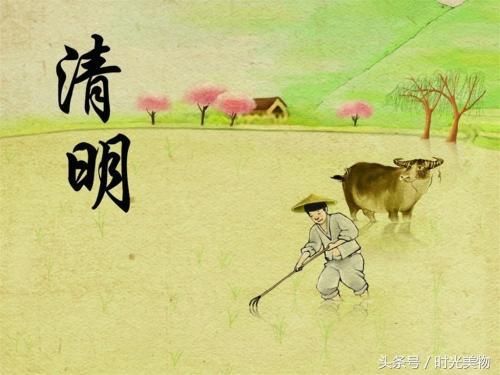
时霎清明，载花不过西园路。